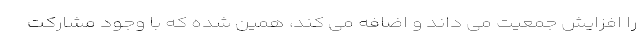
را افزایش جمعیت می داند و اضافه می کند، همین شده که با وجود مشارکت